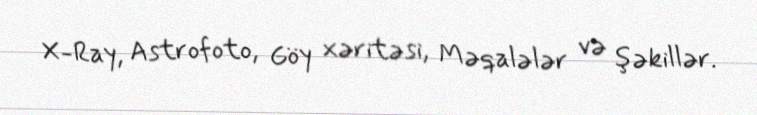
X-Ray, Astrofoto, Göy xəritəsi, Məqalələr və şəkillər.